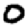
Digit: 0